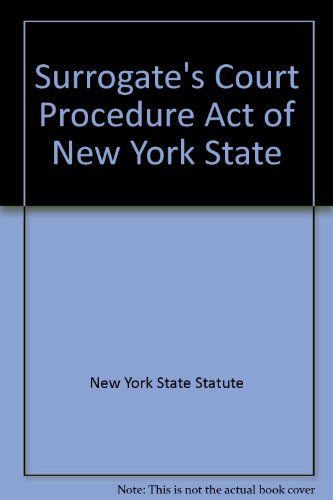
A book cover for Surrogate's Court Procedure Act  ``N.Y.S. Certified''; New York State Statute; Law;